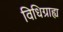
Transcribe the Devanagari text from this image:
विधिग्राह्य